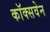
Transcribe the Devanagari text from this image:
कॉक्सवेन